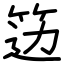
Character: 笾